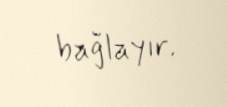
bağlayır.